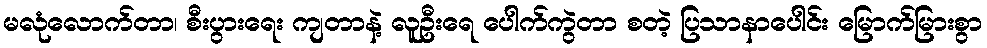
မလုံလောက်တာ၊ စီးပွားရေး ကျတာနဲ့ လူဦးရေ ပေါက်ကွဲတာ စတဲ့ ပြသာနာပေါင်း မြောက်မြားစွာ